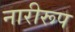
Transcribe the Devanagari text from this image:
नारीरूप